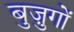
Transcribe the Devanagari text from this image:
बुज़ुगों